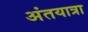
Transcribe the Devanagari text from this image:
अंतयात्रा